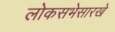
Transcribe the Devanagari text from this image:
लोकसभेसारखे